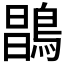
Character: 𪂇